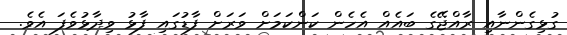
ގުޅިގެންނާއި ރާއްޖޭގެ ބައެއް އެހެން ކަންކަމަށް ވަރަށް ފާޑުގައި ފާޅު ވިދާޅުވެފަ އެވެ.